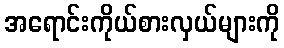
အရောင်းကိုယ်စားလှယ်များကို